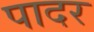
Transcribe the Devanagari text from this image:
पादर